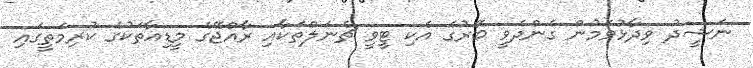
ނަޝީދު ވިދާޅުވަމުން ގެންދެވީ ބޭރުގެ އެކި ޓީވީ ޗެނަލްތަކާއި ރާއްޖޭގެ މީޑިއާތަކުގެ ކުރިމަތީގައި